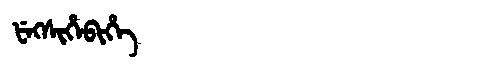
Manchu: ᡶᡝᡴᠰᡳᡥᡝᠪᡳᡥᡝ
Romanization: FEKSIHEBIHE